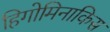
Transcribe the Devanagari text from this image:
हिगोमिनाकिस